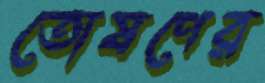
তোষণের